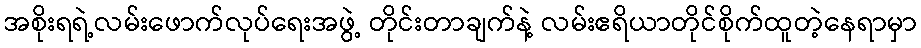
အစိုးရရဲ့လမ်းဖောက်လုပ်ရေးအဖွဲ့ တိုင်းတာချက်နဲ့ လမ်းဧရိယာတိုင်စိုက်ထူတဲ့နေရာမှာ